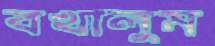
বখালুম